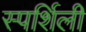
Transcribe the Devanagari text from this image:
स्पर्शिली